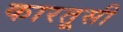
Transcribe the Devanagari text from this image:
कारतूसी